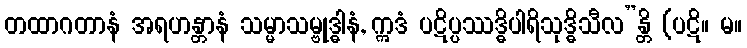
တထာဂတာနံ အရဟန္တာနံ သမ္မာသမ္ဗုဒ္ဓါနံ, ဣဒံ ပဋိပ္ပဿဒ္ဓိပါရိသုဒ္ဓိသီလ”န္တိ (ပဋိ။ မ။